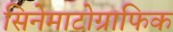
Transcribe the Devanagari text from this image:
सिनेमाटोग्राफिक